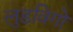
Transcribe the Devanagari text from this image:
लुडविगो